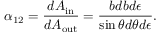
\alpha _ { 1 2 } = \frac { d A _ { \mathrm { i n } } } { d A _ { \mathrm { o u t } } } = \frac { b d b d \epsilon } { \sin \theta d \theta d \epsilon } .